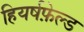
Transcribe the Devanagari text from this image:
हियर्षफ़ेल्ड